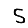
Digit: 5